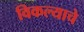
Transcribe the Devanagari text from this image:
विकल्याचे